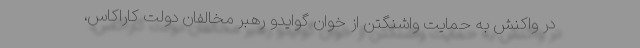
در واکنش به حمایت واشنگتن از خوان گوایدو رهبر مخالفان دولت کاراکاس،